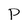
Character: P